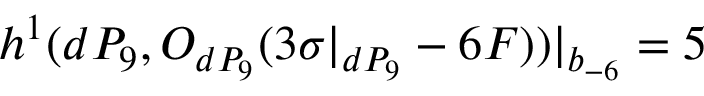
h ^ { 1 } ( d P _ { 9 } , { \cal O } _ { d P _ { 9 } } ( 3 \sigma | _ { d P _ { 9 } } - 6 F ) ) | _ { b _ { - 6 } } = 5